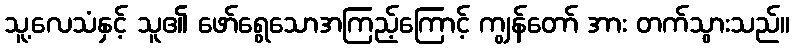
သူ့လေသံနှင့် သူ၏ ဖော်ရွေသောအကြည့်ကြောင့် ကျွန်တော် အား တက်သွားသည်။